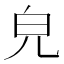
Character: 皃